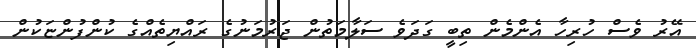
އޭރު ވެސް ހުރިހާ އެންމެން ތިބީ ގަދަވެ ސަލާމަތުން ޖަރުމަނުގެ ރައްޔިތެއްގެ ކުންފުންޏަކުން